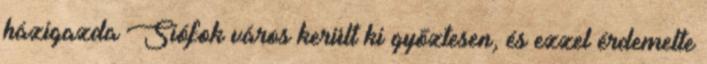
házigazda Siófok város került ki győztesen, és ezzel érdemelte